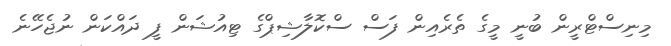
މިނިސްޓްރީން ބުނީ މީގެ ތެރެއިން ފަސް ސްކޮލާޝިޕްގެ ޓިއުޝަން ފީ ދައްކަން ނުޖެހޭނެ